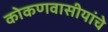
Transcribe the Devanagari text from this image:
कोकणवासीयांचे